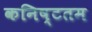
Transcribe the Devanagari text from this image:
कनिष्टतम